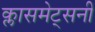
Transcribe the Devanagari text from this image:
क्लासमेट्सनी